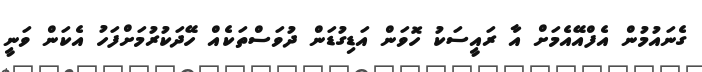
ގެނައުމުން އެފްއޭއެމަށް އާ ރައީސަކު ހޮވަން އަޑިގުޑަން ދުވަސްތަކެއް ހޭދަކުރުމަށްފަހު އެކަން ވަނީ